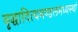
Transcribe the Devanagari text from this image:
वृद्धादित्यमण्डलमध्यस्थां